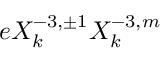
e X _ { k } ^ { - 3 , \pm 1 } X _ { k } ^ { - 3 , m }